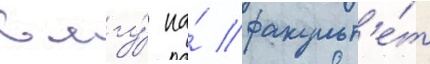
в мгу́ на́ факульт'е́т